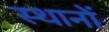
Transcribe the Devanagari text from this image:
स्थानाें